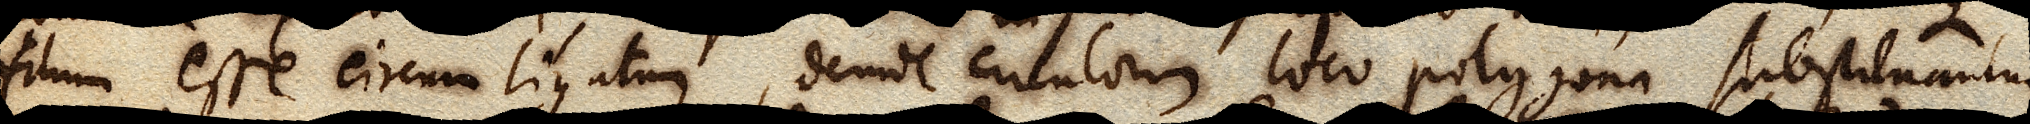
filum esse circumligatum, deinde circulorum loco polygona substituantur.